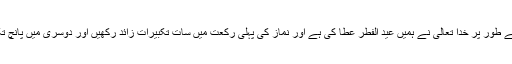
رمضان کو بھرپور طریق پر منانے کے انعام کے طور پر خدا تعالیٰ نے ہمیں عید الفطر عطا کی ہے اور نماز کی پہلی رکعت میں سات تکبیرات زائد رکھیں اور دوسری میں پانچ تکبیرات زائد رکھیں جو کل 12 تکبیرت بنتی ہیں۔